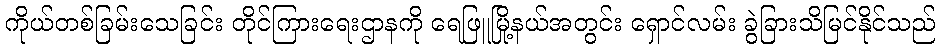
ကိုယ်တစ်ခြမ်းသေခြင်း တိုင်ကြားရေးဌာနကို ရေဖြူမြို့နယ်အတွင်း ရှောင်လမ်း ခွဲခြားသိမြင်နိုင်သည်